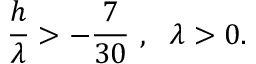
{ \frac { h } { \lambda } } > - { \frac { 7 } { 3 0 } } \ , \ \ \lambda > 0 .